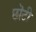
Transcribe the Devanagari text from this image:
छॊटी